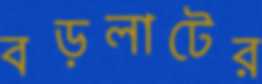
বড়লাটের